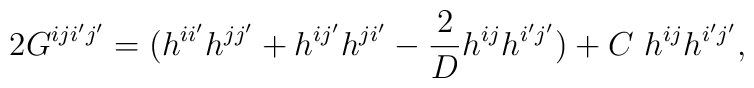
2G^{iji'j'}=(h^{ii'}h^{jj'}+h^{ij'}h^{ji'}-\frac{2}{D}h^{ij}h^{i'j'})+C~h^{ij}h^{i'j'},